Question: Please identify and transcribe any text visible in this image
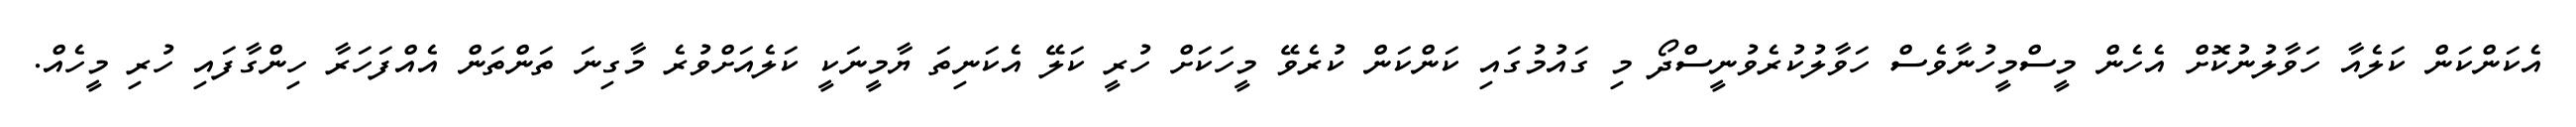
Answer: އެކަންކަން ކަލެއާ ހަވާލުނުކޮށް އެހެން މީސްމީހުނާވެސް ހަވާލުކުރެވުނީސްދޯ މި ގައުމުގައި ކަންކަން ކުރެވޭ މީހަކަށް ހުރީ ކަލޭ އެކަނިތަ ޔާމީނަކީ ކަލެއަށްވުރެ މާގިނަ ތަންތަން އެއްފަހަރާ ހިންގާފައި ހުރި މީހެއް.